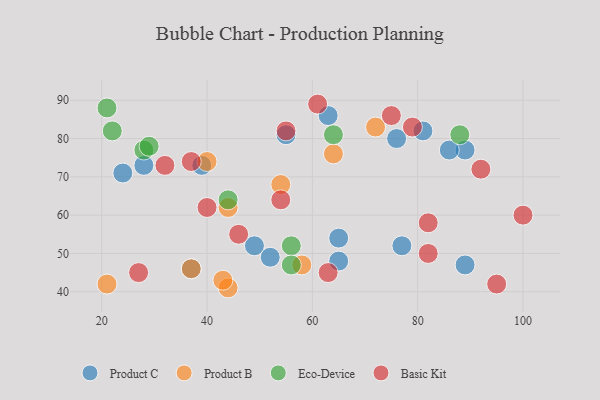
{"axis": {"x": "GDP", "y": "Life Expectancy"}, "legend": ["Basic Kit", "Eco-Device", "Product B", "Product C"], "data": [{"x": "49", "y": 52, "type": "Product C"}, {"x": "89", "y": 77, "type": "Product C"}, {"x": "24", "y": 71, "type": "Product C"}, {"x": "77", "y": 52, "type": "Product C"}, {"x": "86", "y": 77, "type": "Product C"}, {"x": "37", "y": 46, "type": "Product C"}, {"x": "81", "y": 82, "type": "Product C"}, {"x": "76", "y": 80, "type": "Product C"}, {"x": "63", "y": 86, "type": "Product C"}, {"x": "55", "y": 81, "type": "Product C"}, {"x": "65", "y": 54, "type": "Product C"}, {"x": "52", "y": 49, "type": "Product C"}, {"x": "89", "y": 47, "type": "Product C"}, {"x": "39", "y": 73, "type": "Product C"}, {"x": "28", "y": 73, "type": "Product C"}, {"x": "65", "y": 48, "type": "Product C"}, {"x": "44", "y": 41, "type": "Product B"}, {"x": "72", "y": 83, "type": "Product B"}, {"x": "44", "y": 62, "type": "Product B"}, {"x": "40", "y": 74, "type": "Product B"}, {"x": "37", "y": 46, "type": "Product B"}, {"x": "58", "y": 47, "type": "Product B"}, {"x": "21", "y": 42, "type": "Product B"}, {"x": "54", "y": 68, "type": "Product B"}, {"x": "64", "y": 76, "type": "Product B"}, {"x": "43", "y": 43, "type": "Product B"}, {"x": "21", "y": 88, "type": "Eco-Device"}, {"x": "88", "y": 81, "type": "Eco-Device"}, {"x": "44", "y": 64, "type": "Eco-Device"}, {"x": "56", "y": 52, "type": "Eco-Device"}, {"x": "28", "y": 77, "type": "Eco-Device"}, {"x": "29", "y": 78, "type": "Eco-Device"}, {"x": "22", "y": 82, "type": "Eco-Device"}, {"x": "56", "y": 47, "type": "Eco-Device"}, {"x": "64", "y": 81, "type": "Eco-Device"}, {"x": "75", "y": 86, "type": "Basic Kit"}, {"x": "63", "y": 45, "type": "Basic Kit"}, {"x": "27", "y": 45, "type": "Basic Kit"}, {"x": "37", "y": 74, "type": "Basic Kit"}, {"x": "95", "y": 42, "type": "Basic Kit"}, {"x": "55", "y": 82, "type": "Basic Kit"}, {"x": "82", "y": 58, "type": "Basic Kit"}, {"x": "61", "y": 89, "type": "Basic Kit"}, {"x": "40", "y": 62, "type": "Basic Kit"}, {"x": "82", "y": 50, "type": "Basic Kit"}, {"x": "100", "y": 60, "type": "Basic Kit"}, {"x": "54", "y": 64, "type": "Basic Kit"}, {"x": "32", "y": 73, "type": "Basic Kit"}, {"x": "79", "y": 83, "type": "Basic Kit"}, {"x": "92", "y": 72, "type": "Basic Kit"}, {"x": "46", "y": 55, "type": "Basic Kit"}]}